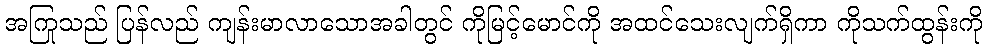
အကြုသည် ပြန်လည် ကျန်းမာလာသောအခါတွင် ကိုမြင့်မောင်ကို အထင်သေးလျက်ရှိကာ ကိုသက်ထွန်းကို